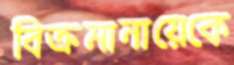
বিক্রমানায়েকে